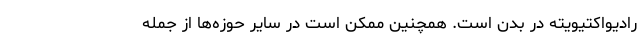
رادیواکتیویته در بدن است. همچنین ممکن است در سایر حوزه‌ها از جمله